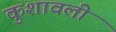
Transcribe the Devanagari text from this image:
कुशावली